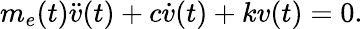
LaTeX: m_{e}(t)\ddot{v}(t)+c\dot{v}(t)+kv(t)=0.